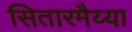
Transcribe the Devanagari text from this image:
सितारमैय्या